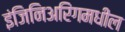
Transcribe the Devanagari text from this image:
इंजिनिअरिंगमधील